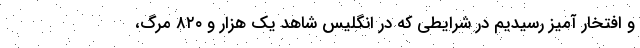
و افتخار آمیز رسیدیم در شرایطی که در انگلیس شاهد یک هزار و ۸۲۰ مرگ،